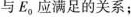
与E_{0}应满足的关系；